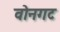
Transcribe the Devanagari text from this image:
वोनगट